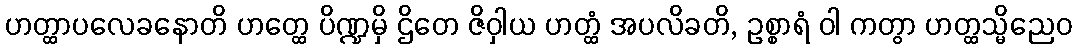
ဟတ္ထာပလေခနောတိ ဟတ္ထေ ပိဏ္ဍမှိ ဌိတေ ဇိဝှါယ ဟတ္ထံ အပလိခတိ, ဥစ္စာရံ ဝါ ကတွာ ဟတ္ထသ္မိညေဝ